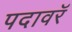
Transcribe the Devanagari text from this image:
पदावरॅ